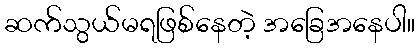
ဆက်သွယ်မရဖြစ်နေတဲ့ အခြေအနေပါ။